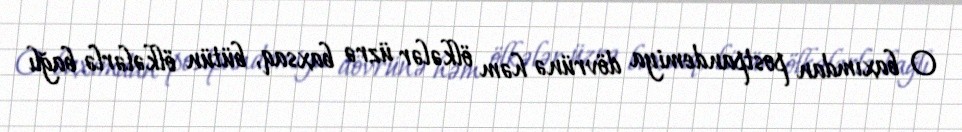
O baxımdan postpandemiya dövrünə həm ölkələr üzrə baxsaq, bütün ölkələrlə bağlı